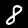
Digit: 8